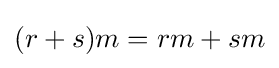
(r+s)m=rm+sm